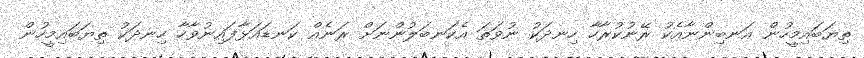
ތިޔަބައިމީހުން އަނބިންނާއެކު ރޭނުކުރާހާ ހިނދަކު ނުވަތަ އެކަނބަލުންނަށް ރަނެއް ކަނޑައަޅާފައިނުވާހާ ހިނދަކު ތިޔަބައިމީހުން